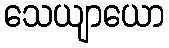
သေယျာယော